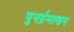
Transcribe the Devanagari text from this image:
पुनर्प्रमाणन